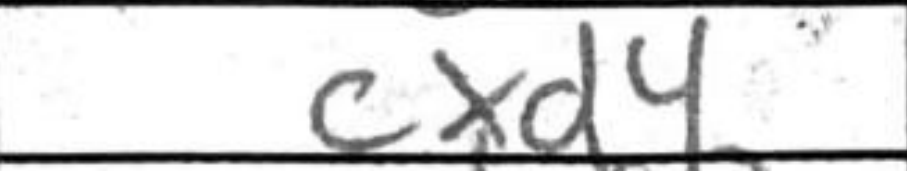
Transcription: cxd4